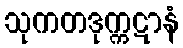
သုကတဒုက္ကဋာနံ